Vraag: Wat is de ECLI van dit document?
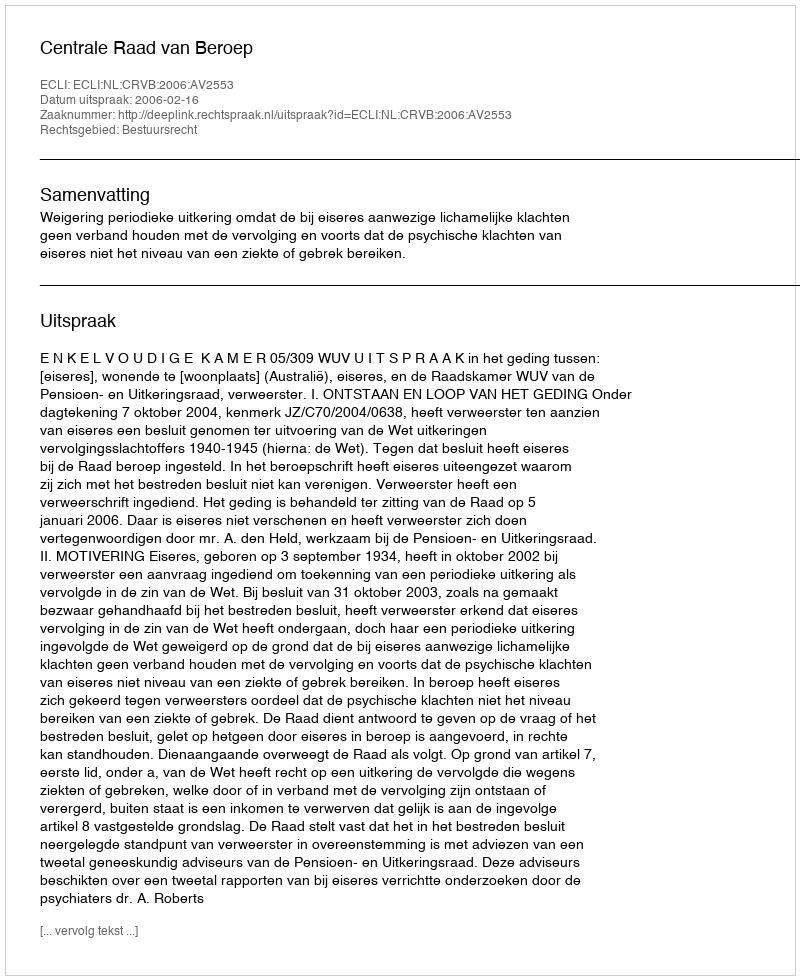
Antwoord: ECLI:NL:CRVB:2006:AV2553